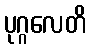
ပုဂ္ဂလေတိ